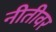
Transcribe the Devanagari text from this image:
नीतीवर